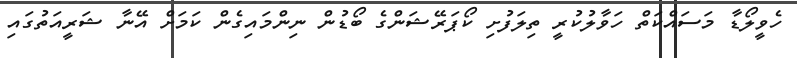
ހެވީލޯޑާ މަސައްކަތް ހަވާލުކުރީ ތިލަފުށި ކޯޕަރޭޝަންގެ ބޯޑުން ނިންމައިގެން ކަމަށް އޭނާ ޝަރީއަތުގައި